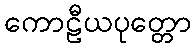
ကောဠီယပုတ္တော